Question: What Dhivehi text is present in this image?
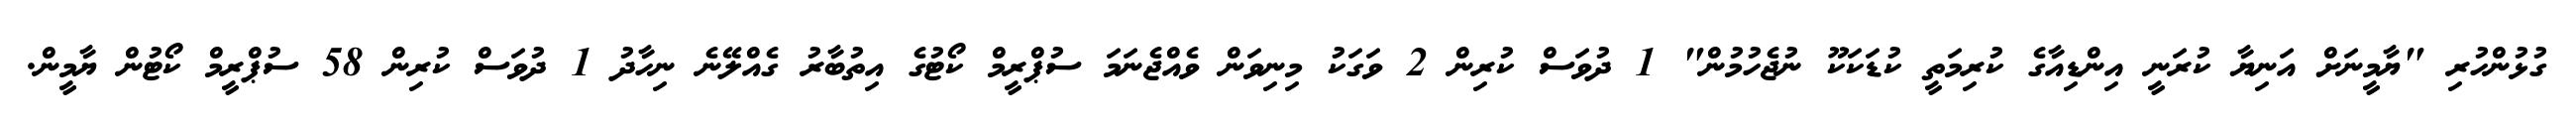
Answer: ގުޅުންހުރި "ޔާމީނަށް އަނިޔާ ކުރަނީ އިންޑިއާގެ ކުރިމަތީ ކުޑަކަކޫ ނުޖެހުމުން" 1 ދުވަސް ކުރިން 2 ވަގަކު މިނިވަން ވެއްޖެނަމަ ސުޕްރީމް ކޯޓުގެ އިތުބާރު ގެއްލޭނެ ނިހާދު 1 ދުވަސް ކުރިން 58 ސުޕްރީމް ކޯޓުން ޔާމީން.